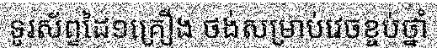
ទូរស័ព្ទដៃ១គ្រឿង ថង់សម្រាប់វេចខ្ចប់ថ្នាំ